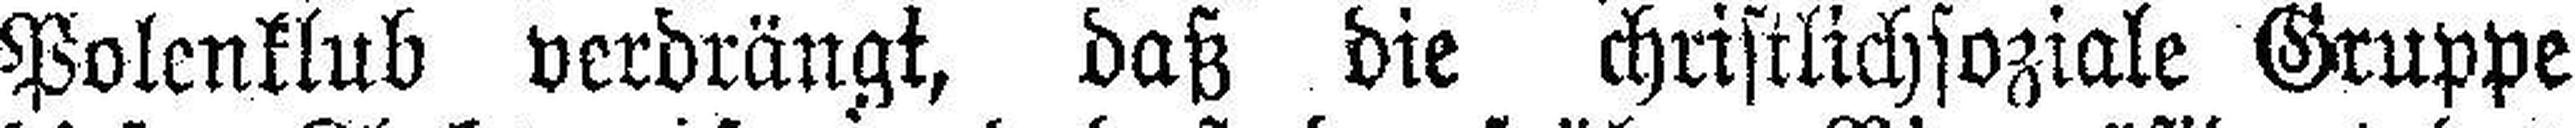
Polenklub verdrängt, daß die christlichsoziale Gruppe